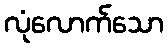
လုံလောက်သော